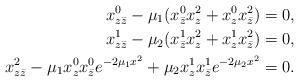
LaTeX: \begin{align*}x^0_{z\bar z}-\mu_1(x^0_{\bar z}x^2_z+x^0_zx^2_{\bar z})&=0,\\x^1_{z\bar z}-\mu_2(x^1_{\bar z}x^2_z+x^1_zx^2_{\bar z})&=0,\\x^2_{z\bar z}-\mu_1x^0_zx^0_{\bar z}e^{-2\mu_1x^2}+\mu_2x^1_zx^1_{\bar z}e^{-2\mu_2x^2}&=0.\end{align*}